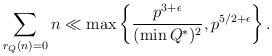
\begin{align*} \sum_{r_{Q}(n) = 0} n \ll \max \left\{ \frac{p^{3+\epsilon}}{(\min Q^{*})^{2}}, p^{5/2 + \epsilon} \right\}.\end{align*}